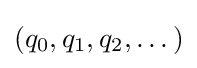
(q_{0},q_{1},q_{2},\dotsc )